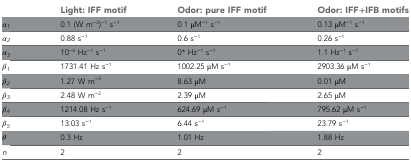
<table><thead><tr><td></td><td><b>Light: IFF motif</b></td><td><b>Odor: pure IFF motif</b></td><td><b>Odor: IFF+IFB motifs</b></td></tr></thead><tbody><tr><td><i>α</i><sub><i>1</i></sub></td><td>0.1 (W m<sup>−2</sup>)<sup>−1</sup> s<sup>−1</sup></td><td>0.1 μM<sup>−1</sup> s<sup>−1</sup></td><td>0.13 μM<sup>−1</sup> s<sup>−1</sup></td></tr><tr><td><i>α</i><sub><i>2</i></sub></td><td>0.88 s<sup>−1</sup></td><td>0.6 s<sup>−1</sup></td><td>0.26 s<sup>−1</sup></td></tr><tr><td><i>α</i><sub><i>3</i></sub></td><td>10<sup>−6</sup> Hz<sup>−1</sup> s<sup>−1</sup></td><td>0* Hz<sup>−1</sup> s<sup>−1</sup></td><td>1.1 Hz<sup>−1</sup> s<sup>−1</sup></td></tr><tr><td><i>β</i><sub><i>1</i></sub></td><td>1731.41 Hz s<sup>−1</sup></td><td>1002.25 μM s<sup>−1</sup></td><td>2903.36 μM s<sup>−1</sup></td></tr><tr><td><i>β</i><sub><i>2</i></sub></td><td>1.27 W m<sup>−2</sup></td><td>8.63 μM</td><td>0.01 μM</td></tr><tr><td><i>β</i><sub><i>3</i></sub></td><td>2.48 W m<sup>−2</sup></td><td>2.39 μM</td><td>2.65 μM</td></tr><tr><td><i>β</i><sub><i>4</i></sub></td><td>1214.08 Hz s<sup>−1</sup></td><td>624.69 μM s<sup>−1</sup></td><td>795.62 μM s<sup>−1</sup></td></tr><tr><td><i>β</i><sub><i>5</i></sub></td><td>13.03 s<sup>−1</sup></td><td>6.44 s<sup>−1</sup></td><td>23.79 s<sup>−1</sup></td></tr><tr><td><i>θ</i></td><td>0.3 Hz</td><td>1.01 Hz</td><td>1.88 Hz</td></tr><tr><td><i>n</i></td><td>2</td><td>2</td><td>2</td></tr></tbody></table>